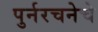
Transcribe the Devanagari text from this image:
पुर्नरचनेचे